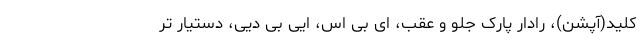
کلید(آپشن)، رادار پارک جلو و عقب، ای بی اس، ایی بی دیی، دستیار تر